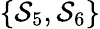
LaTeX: \{ \mathcal{S}_{5},\mathcal{S}_{6}\}